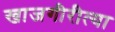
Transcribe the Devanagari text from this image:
खाजगीरीत्या